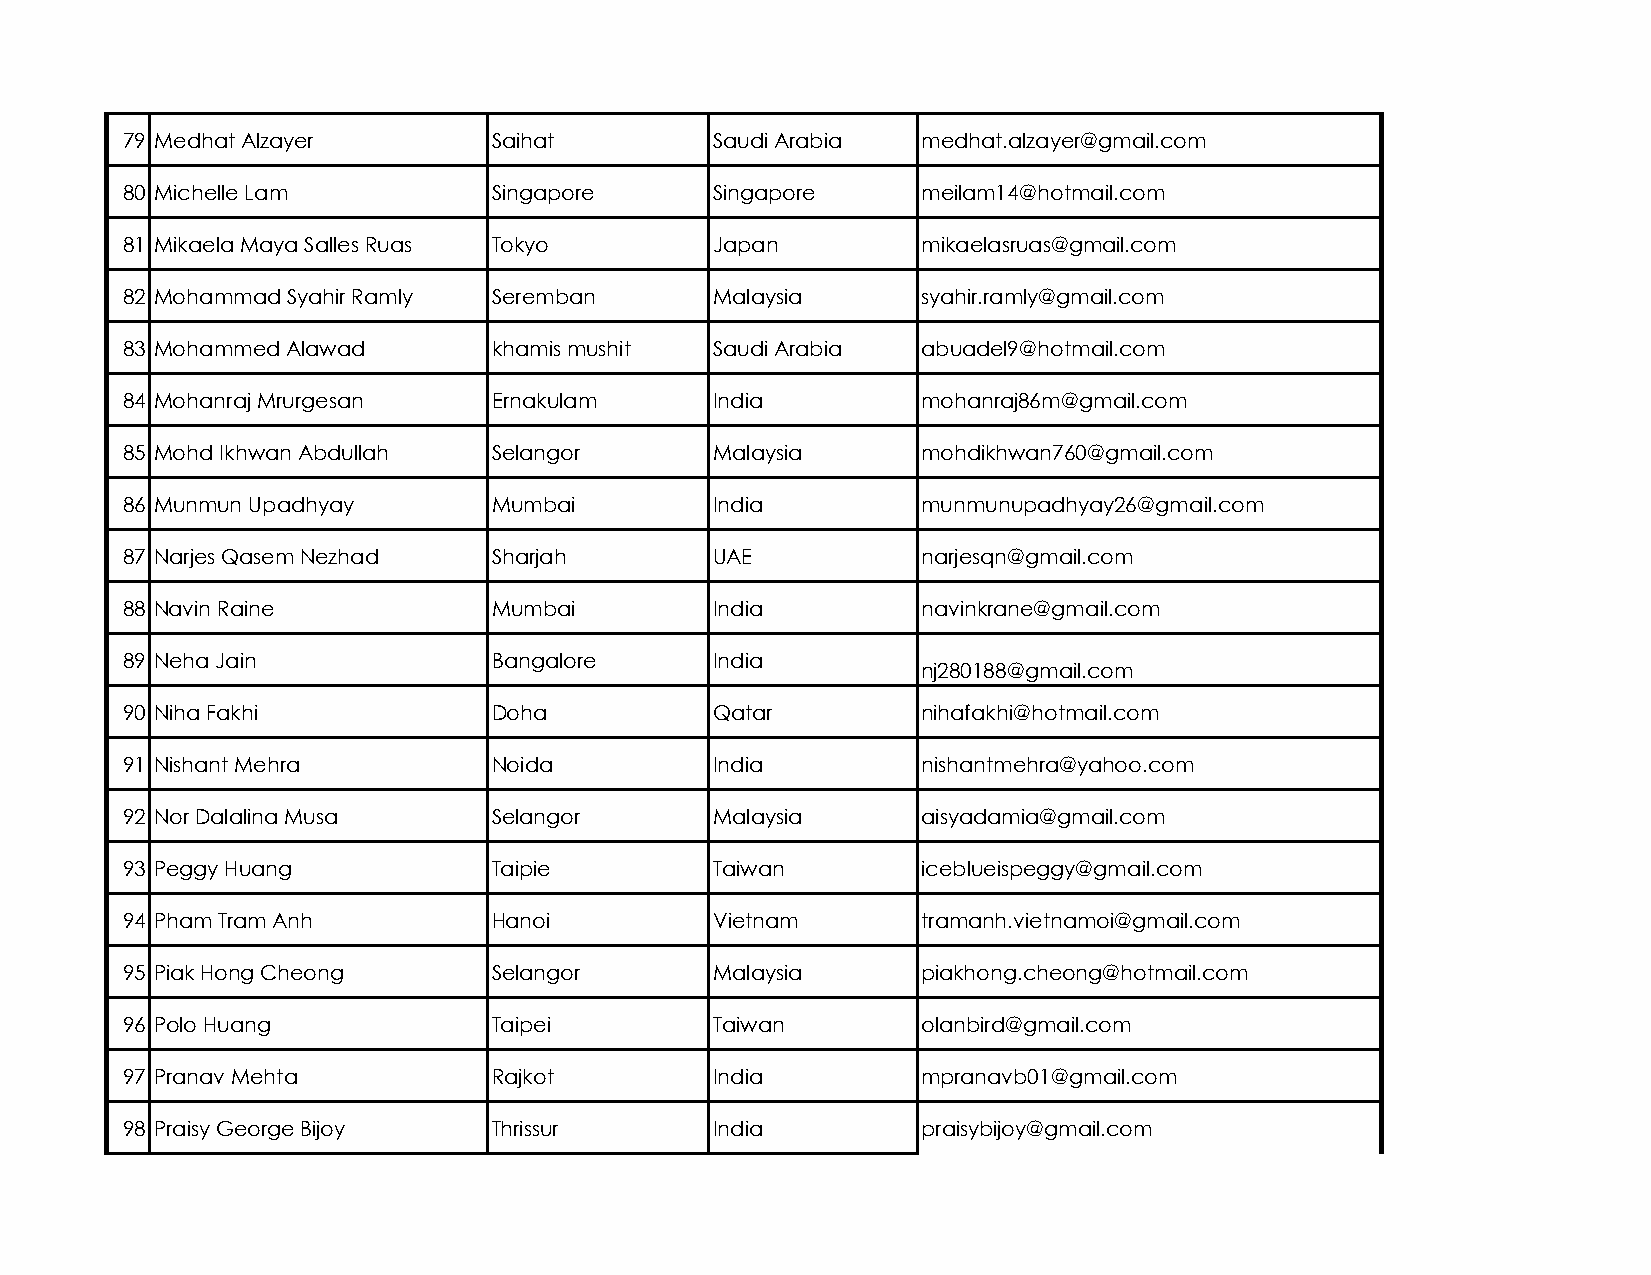
79 Medhat Alzayer        Saihat        Saudi Arabia  medhat.alzayer@gmail.com
 80 Michelle Lam          Singapore     Singapore     meilam14@hotmail.com
 81 Mikaela Maya Salles Ruas Tokyo      Japan         mikaelasruas@gmail.com
 82 Mohammad Syahir Ramly Seremban      Malaysia      syahir.ramly@gmail.com
 83 Mohammed Alawad       khamis mushit Saudi Arabia  abuadel9@hotmail.com
 84 Mohanraj Mrurgesan    Ernakulam     India         mohanraj86m@gmail.com
 85 Mohd Ikhwan Abdullah  Selangor      Malaysia      mohdikhwan760@gmail.com
 86 Munmun Upadhyay       Mumbai        India         munmunupadhyay26@gmail.com
 87 Narjes Qasem Nezhad   Sharjah       UAE           narjesqn@gmail.com
 88 Navin Raine           Mumbai        India         navinkrane@gmail.com
 89 Neha Jain             Bangalore     India
 nj280188@gmail.com
 90 Niha Fakhi            Doha          Qatar         nihafakhi@hotmail.com
 91 Nishant Mehra         Noida         India         nishantmehra@yahoo.com
 92 Nor Dalalina Musa     Selangor      Malaysia      aisyadamia@gmail.com
 93 Peggy Huang           Taipie        Taiwan        iceblueispeggy@gmail.com
 94 Pham Tram Anh         Hanoi         Vietnam       tramanh.vietnamoi@gmail.com
 95 Piak Hong Cheong      Selangor      Malaysia      piakhong.cheong@hotmail.com
 96 Polo Huang            Taipei        Taiwan        olanbird@gmail.com
 97 Pranav Mehta          Rajkot        India         mpranavb01@gmail.com
 98 Praisy George Bijoy   Thrissur      India         praisybijoy@gmail.com